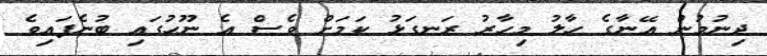
ދިނުމުން އޭނާގެ ހާލު މިހާރު ރަނގަޅު ކަމަށް ވެސް އެ ނޫހުގައި ބުނެފައިވެ